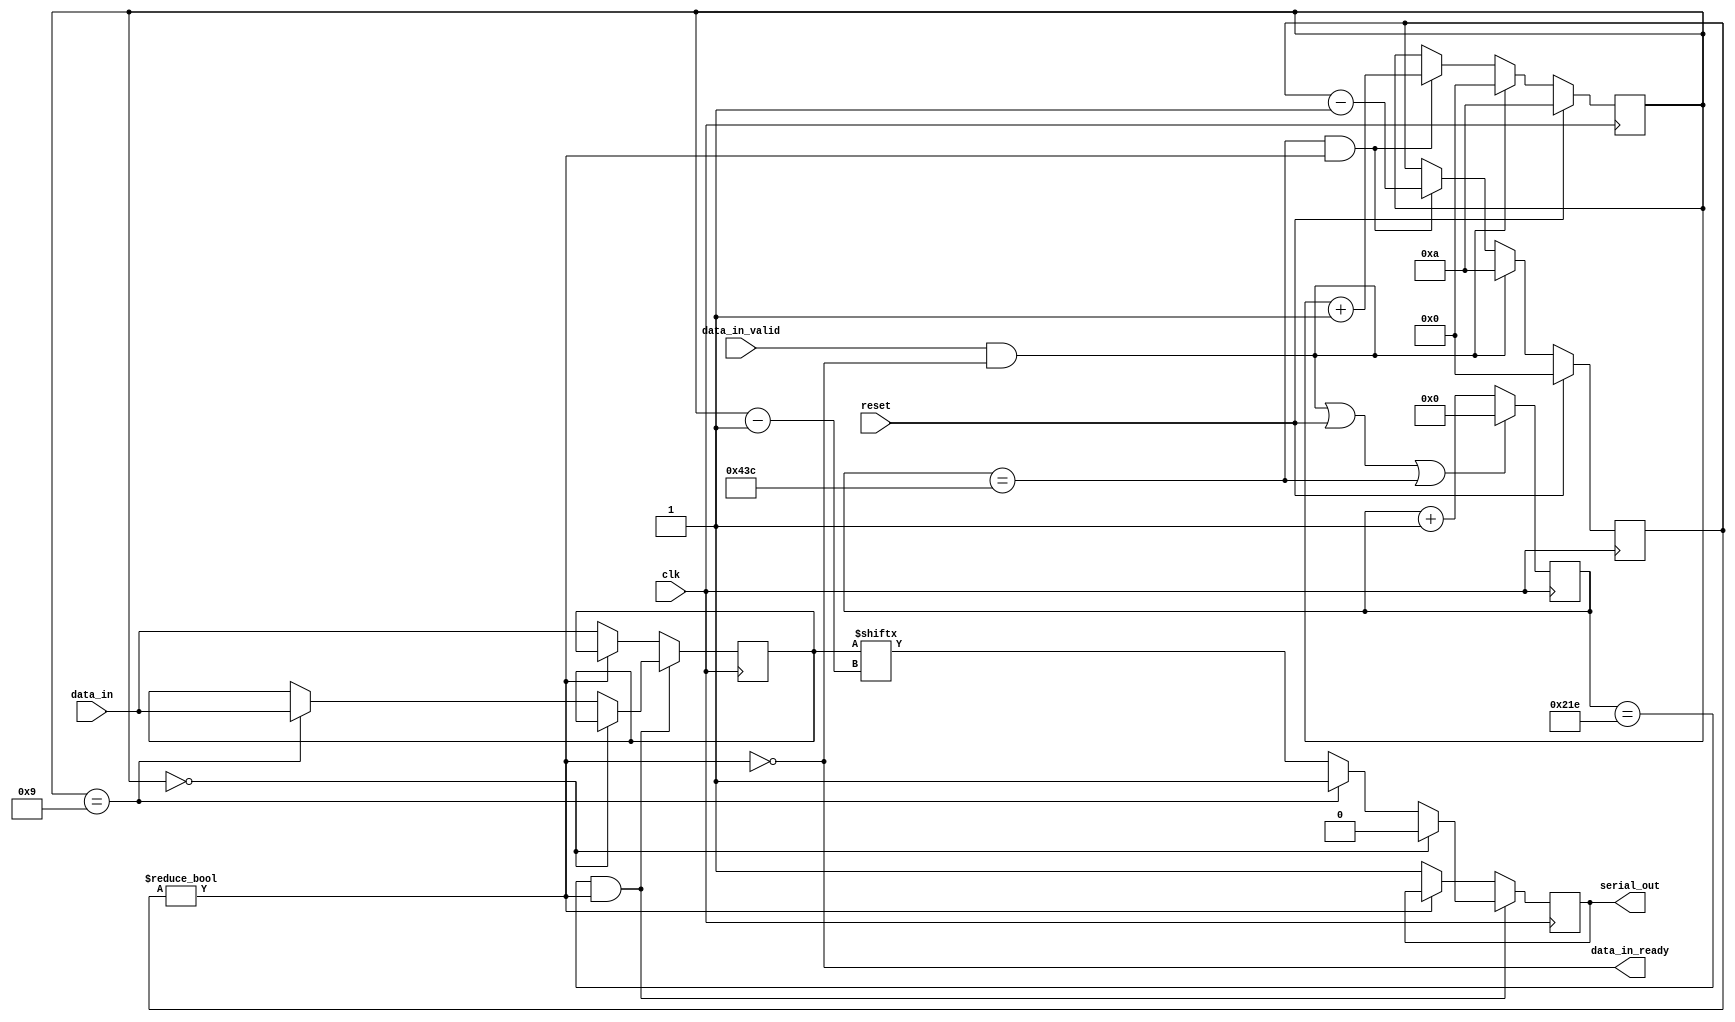
module uart_transmitter #(
    parameter CLOCK_FREQ = 125_000_000,
    parameter BAUD_RATE = 115_200)
(
    input clk,
    input reset,

    input [7:0] data_in,
    input data_in_valid,
    output data_in_ready,

    output serial_out
);
    // See diagram in the lab guide
    localparam  SYMBOL_EDGE_TIME    =   CLOCK_FREQ / BAUD_RATE;
    localparam  CLOCK_COUNTER_WIDTH =   $clog2(SYMBOL_EDGE_TIME);

	// UART transmitter start
    localparam SAMPLE_TIME = SYMBOL_EDGE_TIME / 2;

    wire symbol_edge;
    wire sample;
    wire start;
    wire tx_running;

	reg [3:0] counter;
	reg serial_out_reg;
	reg [7:0] data_in_reg;
    reg [3:0] bit_counter;
    reg [CLOCK_COUNTER_WIDTH-1:0] clock_counter;

    //--|Signal Assignments|------------------------------------------------------

    // Goes high at every symbol edge
    /* verilator lint_off WIDTH */
    assign symbol_edge = clock_counter == (SYMBOL_EDGE_TIME - 1);
    /* lint_on */

    // Goes high halfway through each symbol
    /* verilator lint_off WIDTH */
    assign sample = clock_counter == SAMPLE_TIME;
    /* lint_on */

    // Goes high when it is time to start transmitting a new character
	assign start = data_in_valid && !tx_running;

    // Goes high while we are sending a character
    assign tx_running = bit_counter != 4'd0;

    // Outputs
    assign serial_out = serial_out_reg;
	assign data_in_ready = !tx_running;

    //--|Counters|----------------------------------------------------------------

    // Counts cycles until a single symbol is done
    always @ (posedge clk) begin
        clock_counter <= (start || reset || symbol_edge) ? 0 : clock_counter + 1;
    end

    // Counts down and up from 10 bits for every character
    always @ (posedge clk) begin
        if (reset) begin
            bit_counter <= 0;
            counter <= 10;
        end else if (start) begin
            bit_counter <= 10;
            counter <= 0;
        end else if (symbol_edge && tx_running) begin
            bit_counter <= bit_counter - 1;
            counter <= counter + 1;
        end
    end

    //--|Shift Register|----------------------------------------------------------
    always @(posedge clk) begin
		if (sample && tx_running) begin
			if (counter == 0) begin
				serial_out_reg <= 0;
			end
			else if (counter == 9) begin
				serial_out_reg <= 1;
				data_in_reg <= data_in[7:0];
			end
			else
				serial_out_reg <= data_in_reg[counter-1];
		end
		else if (!tx_running) begin
			data_in_reg <= data_in[7:0];
			serial_out_reg <= 1'b1;
		end
    end
	// UART transmitter end
endmodule